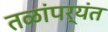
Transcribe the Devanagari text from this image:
तळांपर्यंत